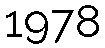
1978